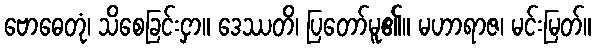
ဗောဓေတုံ၊ သိစေခြင်းငှာ။ ဒေဿတိ၊ ပြတော်မူ၏။ မဟာရာဇ၊ မင်းမြတ်။